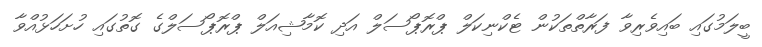
ބީލަމުގައި ބައިވެރިވާ ފަރާތްތަކުން ޓެކްނިކަލް ޕްރޮޕޯސަލް އަދި ކޮމާޝިއަލް ޕްރޮޕޯސަލްގެ ގޮތުގައި ހުށަހަޅުއްވާ